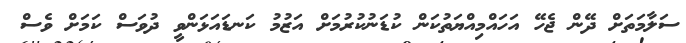
ސަލާމަތަށް ދޭން ޖެހޭ އަހައްމިއްޔަތުކަން ކުޑަނުކުރުމަށް އަޒުމު ކަނޑައަޅަންވީ ދުވަސް ކަމަށް ވެސް